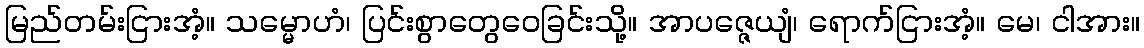
မြည်တမ်းငြားအံ့။ သမ္မောဟံ၊ ပြင်းစွာတွေဝေခြင်းသို့။ အာပဇ္ဇေယျံ၊ ရောက်ငြားအံ့။ မေ၊ ငါအား။